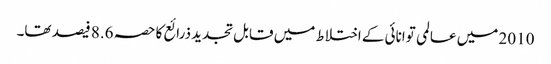
2010 میں عالمی توانائی کے اختلاط میں قابل تجدید ذرائع کا حصہ 8.6 فیصد تھا۔